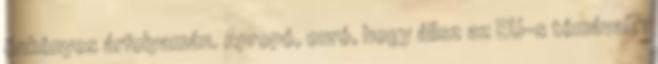
önkényes árfolyamán. Apropó, euró, hogy állsz az EU-s témával?: